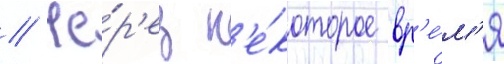
// Че́р'ез н'е́которое вр'е́м'я